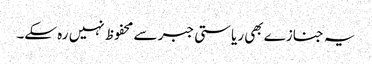
یہ جنازے بھی ریاستی جبر سے محفوظ نہیں رہ سکے۔